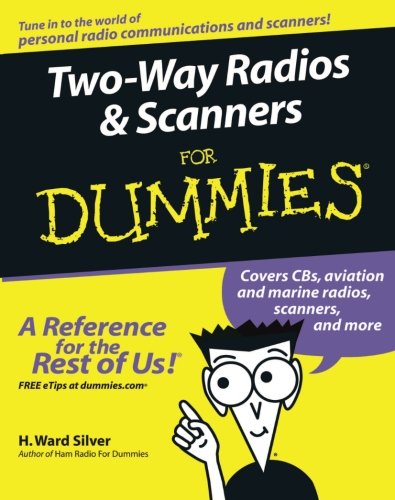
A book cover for Two-Way Radios and Scanners For Dummies; H. Ward Silver; Crafts, Hobbies & Home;